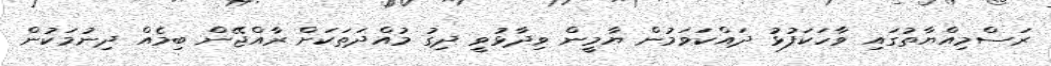
ރަސްމިއްޔާތުގައި ވާހަކަފުޅު ދައްކަވަމުން ޔާމީން ވިދާޅުވީ ދިގު މުއްދަތަކަށް ރާއްޖޭން ބިމެއް ދިނުމަކުން